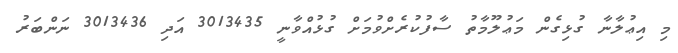
މި އިޢުލާނާ ގުޅިގެން މަޢުލޫމާތު ސާފުކުރެށްވުމަށް ގުޅުއްވާނީ 3013435 އަދި 3013436 ނަންބަރު